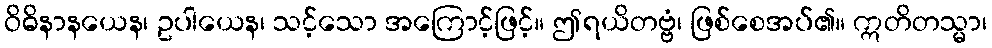
ဝိဓိနာနယေန၊ ဥပါယေန၊ သင့်သော အကြောင့်ဖြင့်။ ဤရယိတဗ္ဗံ၊ ဖြစ်စေအပ်၏။ ဣတိတသ္မာ၊